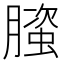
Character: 𬂐